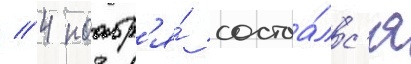
// 4 ноабр'я́ состоа́лс'я